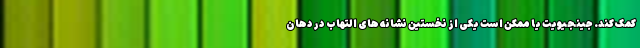
کمک کند. جینجیویت یا ممکن است یکی از نخستین نشانه های التهاب در دهان